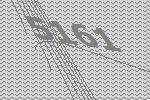
5161